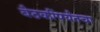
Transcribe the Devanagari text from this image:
बैठकींपर्यंतचा